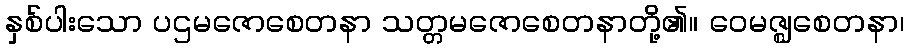
နှစ်ပါးသော ပဌမဇောစေတနာ သတ္တမဇောစေတနာတို့၏။ ဝေမဇ္ဈစေတနာ၊